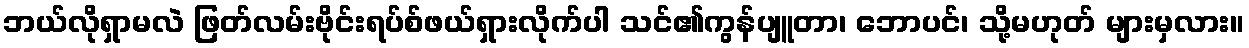
ဘယ်လိုရှာမလဲ ဖြတ်လမ်းဗိုင်းရပ်စ်ဖယ်ရှားလိုက်ပါ သင်၏ကွန်ပျူတာ၊ ဘောပင်၊ သို့မဟုတ် များမှလား။